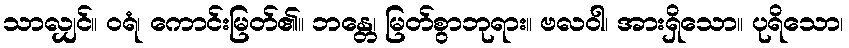
သာလျှင်။ ဝရံ၊ ကောင်းမြတ်၏။ ဘန္တေ၊ မြတ်စွာဘုရား။ ဗလဝါ၊ အားရှိသော။ ပုရိသော၊